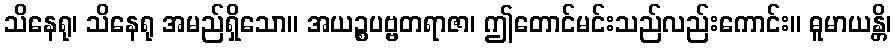
သိနေရု၊ သိနေရု အမည်ရှိသော။ အယဉ္စပဗ္ဗတရာဇာ၊ ဤတောင်မင်းသည်လည်းကောင်း။ ဓူမာယန္တိ၊